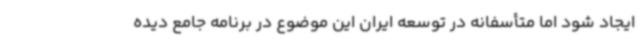
ایجاد شود اما متأسفانه در توسعه ایران این موضوع در برنامه‌ جامع دیده